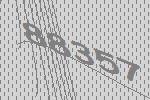
88357